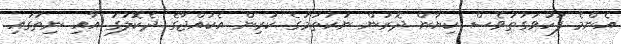
އެންމެ ފަހުވަގުތުވެސް ކިޔާން ދޮރުން ނުކުތުމުގެ ކުރިން އެކުއްޖާގެ ދެކޮލުގަ އާއި ނިތުގައި